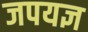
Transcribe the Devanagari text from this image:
जपयज्ञ